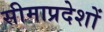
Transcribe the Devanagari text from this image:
सीमाप्रदेशों